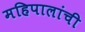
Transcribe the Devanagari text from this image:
महिपालांची